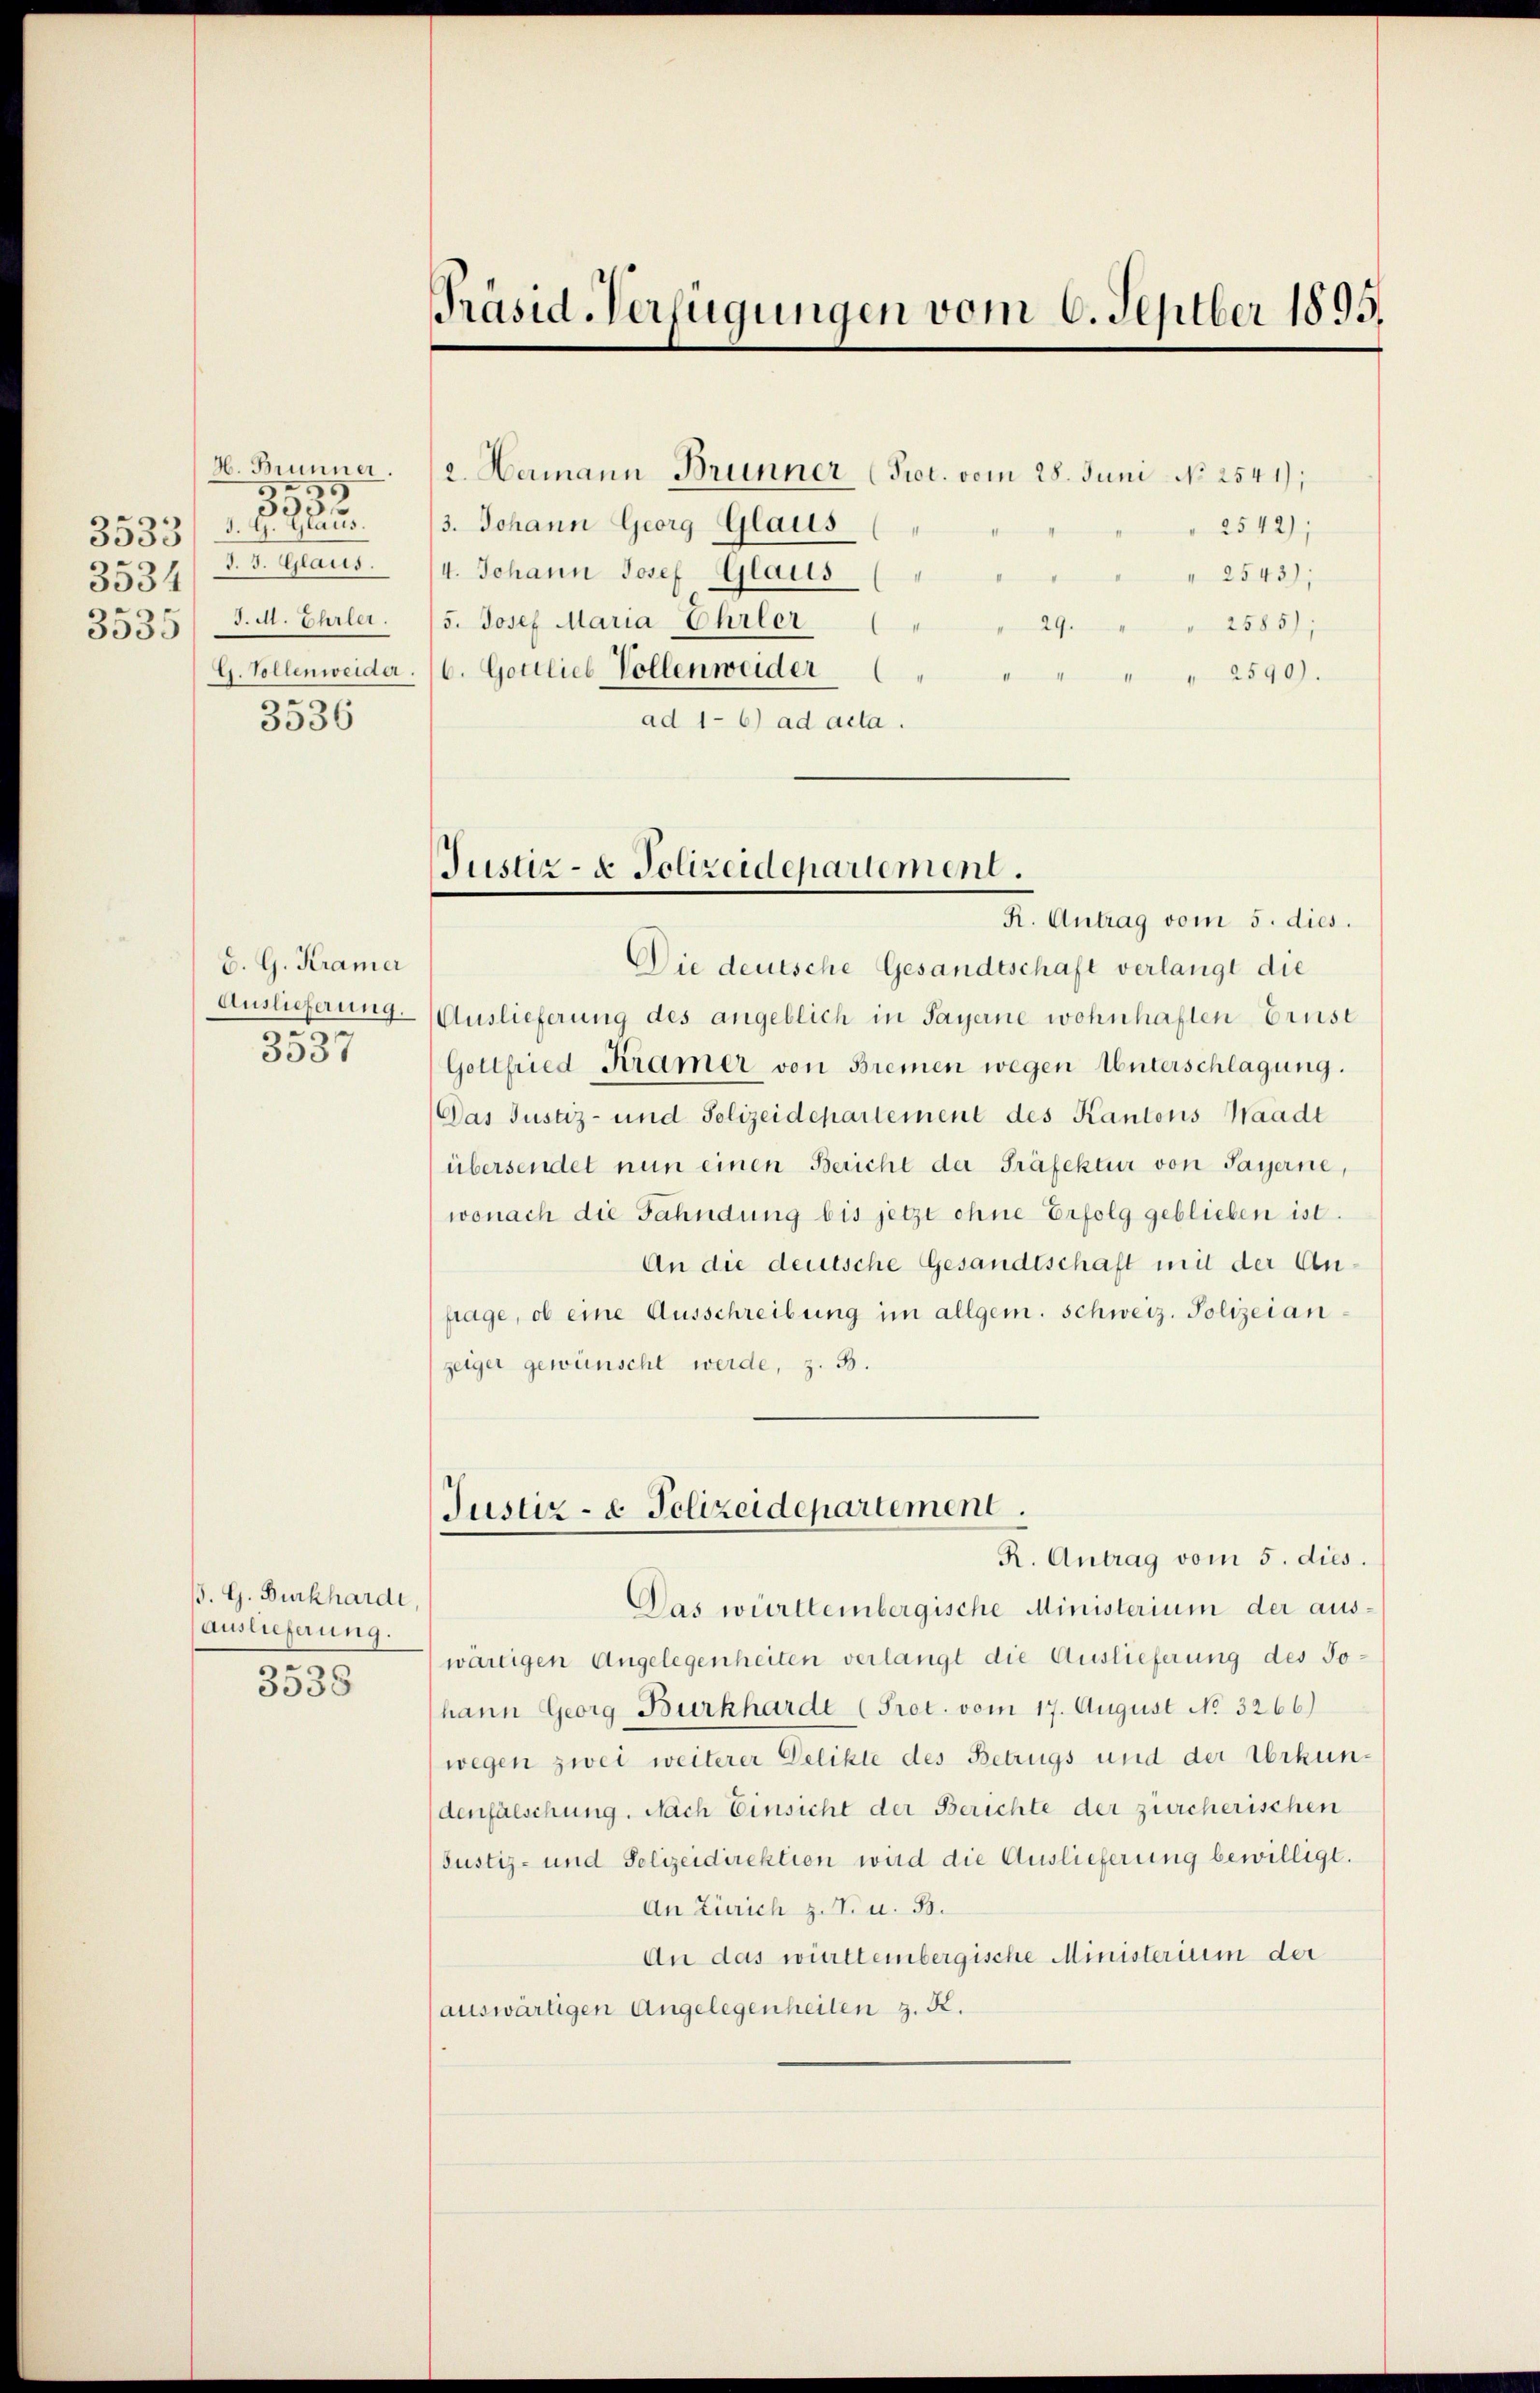
255
305
e
3330/ J. G. Glaus.
e
d. 3. Glaus.
553
e
3000
3536

B. G. Kramer
Auslieferung.
5
t
5337

B. G. Burkhardi,
Auslieferung.
.
5338

Präsid-Verfügungen vom 6. Septber 1895.

H. Brunner. (2. Hermann Brunner (Prot. vom 28. Juni No 2541);
3. Johann Georg Glaus
2542);
4. Johann Josef Glaits
" 2543);
J. M. Ehrlei. 15. Josef Maria Ehrler
2585);
29.
G. Vollenweider. 6. Gottlieb Vollenweider
" " 2590).
e
ad 1-6) ad acta.

Justiz- & Polizeidepartement.
R. Antrag vom 5. dies.

Die deutsche Gesandtschaft verlangt die
Auslieferung des angeblich in Payerne wohnhaften Ernst
Gottfried Kramer von Bremen wegen Unterschlagung.
Das Justiz- und Polizeidepartement des Kantons Waadt
übersendet nun einen Bericht der Präfektur von Payerne,
wonach die Fahndung bis jetzt ohne Erfolg geblieben ist.
An die deutsche Gesandtschaft mit der Anfrage, ob eine Ausschreibung im allgem. Schweiz. Polizeianzeiger gewünscht werde, z. B.
Das württembergische Ministerium der auswärtigen Angelegenheiten verlangt die Auslieferung des Johann Georg Burkharde (Pret. vom 17. August No. 3266)
wegen zwei weiterer Delikte des Betrugs und der Urkundenfalschung. Nach Einsicht der Berichte der zürcherischen
(Justiz- und Polizeidirektion wird die Auslieferung bewilligt.
An Zürich z. B. u. 53.
An das württembergische Ministerium der
auswärtigen Angelegenheiten z. K.

Justiz- & Polizeidepartement.
K. Antrag vom 5. dies.